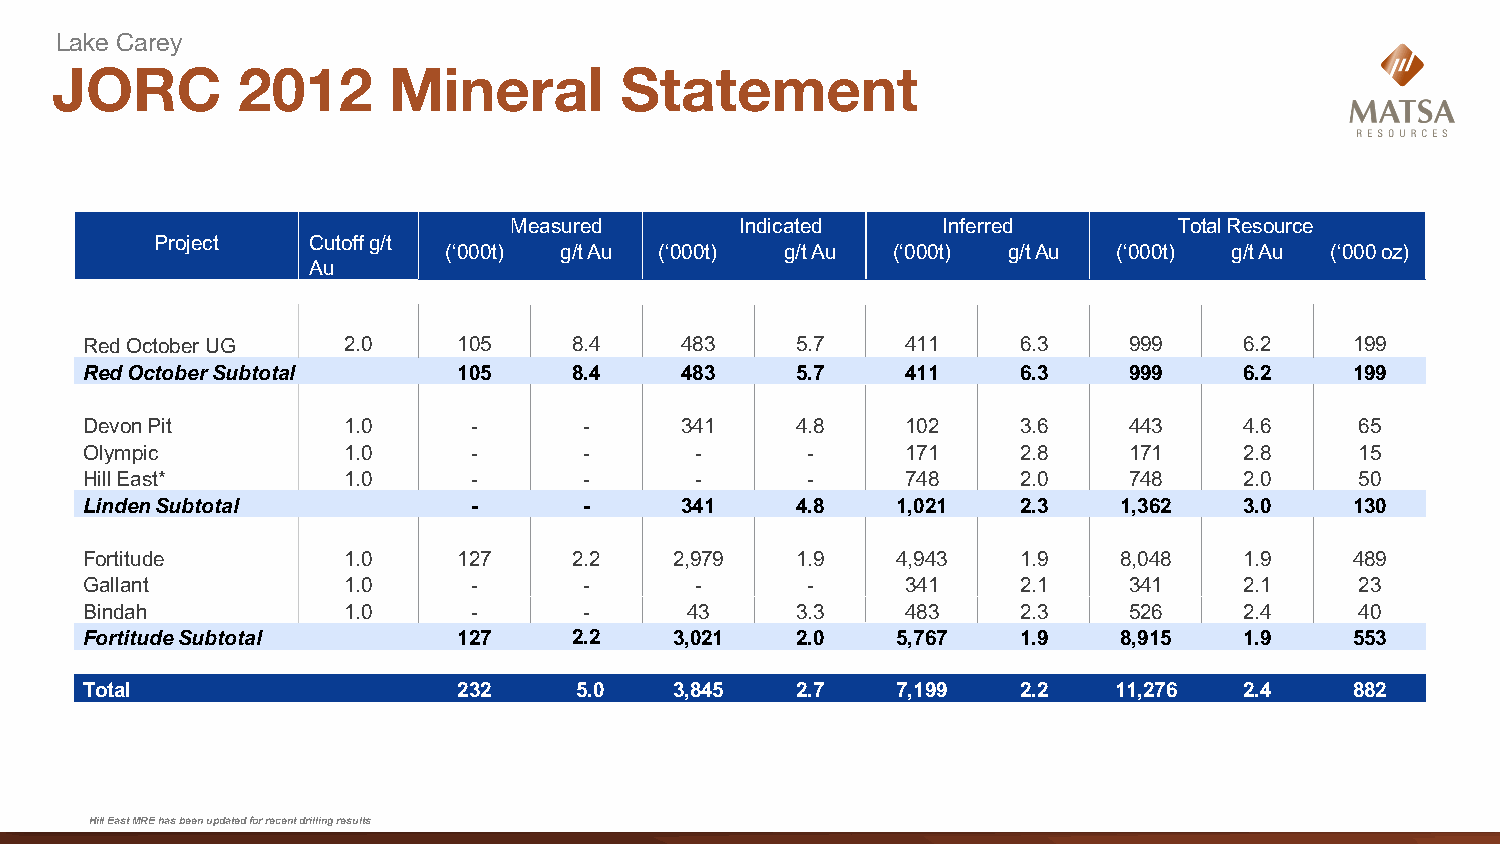
Lake Carey
 JORC         2012      Mineral        Statement
 Measured       Indicated    Inferred        TotalResource
 Project   Cutoff g/t
 (‘000t) g/tAu  (‘000t) g/tAu  (‘000t) g/tAu  (‘000t) g/tAu (‘000oz)
 Au
 RedOctoberUG      2.0    105     8.4    483     5.7    411     6.3    999    6.2     199
 RedOctoberSubtotal       105     8.4    483     5.7    411     6.3    999    6.2     199
 DevonPit          1.0     -       -     341     4.8    102     3.6    443    4.6     65
 Olympic           1.0     -       -      -      -      171     2.8    171    2.8     15
 HillEast*         1.0     -       -      -      -      748     2.0    748    2.0     50
 LindenSubtotal            -       -     341     4.8   1,021    2.3   1,362   3.0     130
 Fortitude         1.0    127     2.2    2,979   1.9   4,943    1.9   8,048   1.9     489
 Gallant           1.0     -       -      -      -      341     2.1    341    2.1     23
 Bindah            1.0     -       -     43      3.3    483     2.3    526    2.4     40
 FortitudeSubtotal        127     2.2    3,021   2.0   5,767    1.9   8,915   1.9     553
 Total                    232     5.0    3,845   2.7   7,199    2.2   11,276  2.4     882
 Hill East MRE has been updated for recent drilling results